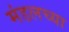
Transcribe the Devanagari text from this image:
मंडलच्या